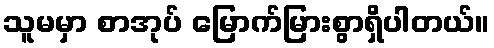
သူမမှာ စာအုပ် မြောက်မြားစွာရှိပါတယ်။